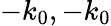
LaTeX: -k_{0},-k_{0}